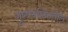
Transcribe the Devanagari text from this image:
गुरुचरित्रांतील